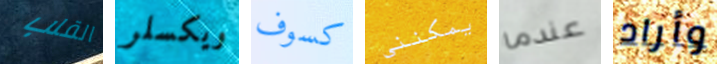
القلب ويكسلر كسوف يمكنني عندما وأراد